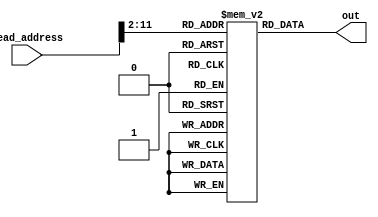
module instruction_memory(read_address,out);
input [31:0] read_address;
output wire [31:0] out;
reg [31:0] IM[0:1023];
assign out=IM[read_address>>2];


initial
begin
IM[0]<=0;
IM[1]<=0;
IM[2]<=0;
IM[3]<=0;
	//$readmemh("Instructions.hex",IM);
end

endmodule